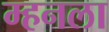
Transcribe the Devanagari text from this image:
म्हनला